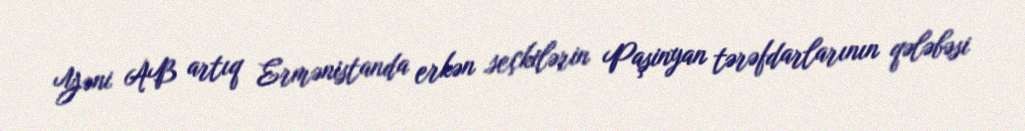
Yəni AB artıq Ermənistanda erkən seçkilərin Paşinyan tərəfdarlarının qələbəsi